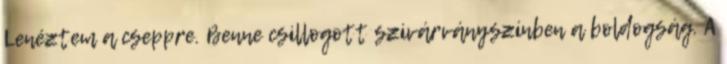
Lenéztem a cseppre. Benne csillogott szivárványszínben a boldogság. A